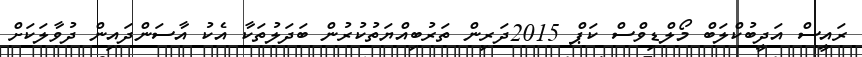
ރައީސް އަދީބުކްލަބް މޯލްޑިވްސް ކަޕް 2015ދަރިން ތަރުބިއްޔަތުކުރުން ބަދަލުތަކާ އެކު އާސަންދައިން ދުވާލަކަށް